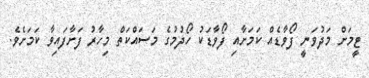
ޓީމަށް މަދުވަނީ ފޯވާޑެއް ކަމަށާއި ފޯވާޑަކު ހޯދުމުގެ މަސައްކަތް މިހާރު ފަށާފައިވާ ކަމަށެވެ.